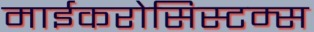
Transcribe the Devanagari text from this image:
माईकरोसिस्टम्स